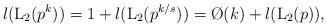
LaTeX: \begin{align*}\l({\rm L}_2(p^k)) = 1+\l({\rm L}_2(p^{k/s})) = \O(k)+\l({\rm L}_2(p)),\end{align*}